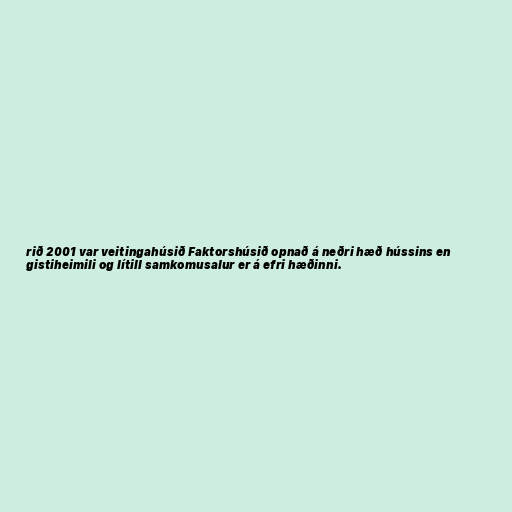
rið 2001 var veitingahúsið Faktorshúsið opnað á neðri hæð hússins en
gistiheimili og lítill samkomusalur er á efri hæðinni.